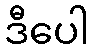
ဒီပေါ